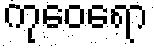
ကုဝေရော